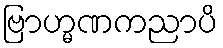
ဗြာဟ္မဏကညာပိ